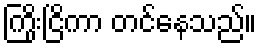
ကြိုးငြိကာ တင်နေသည်။